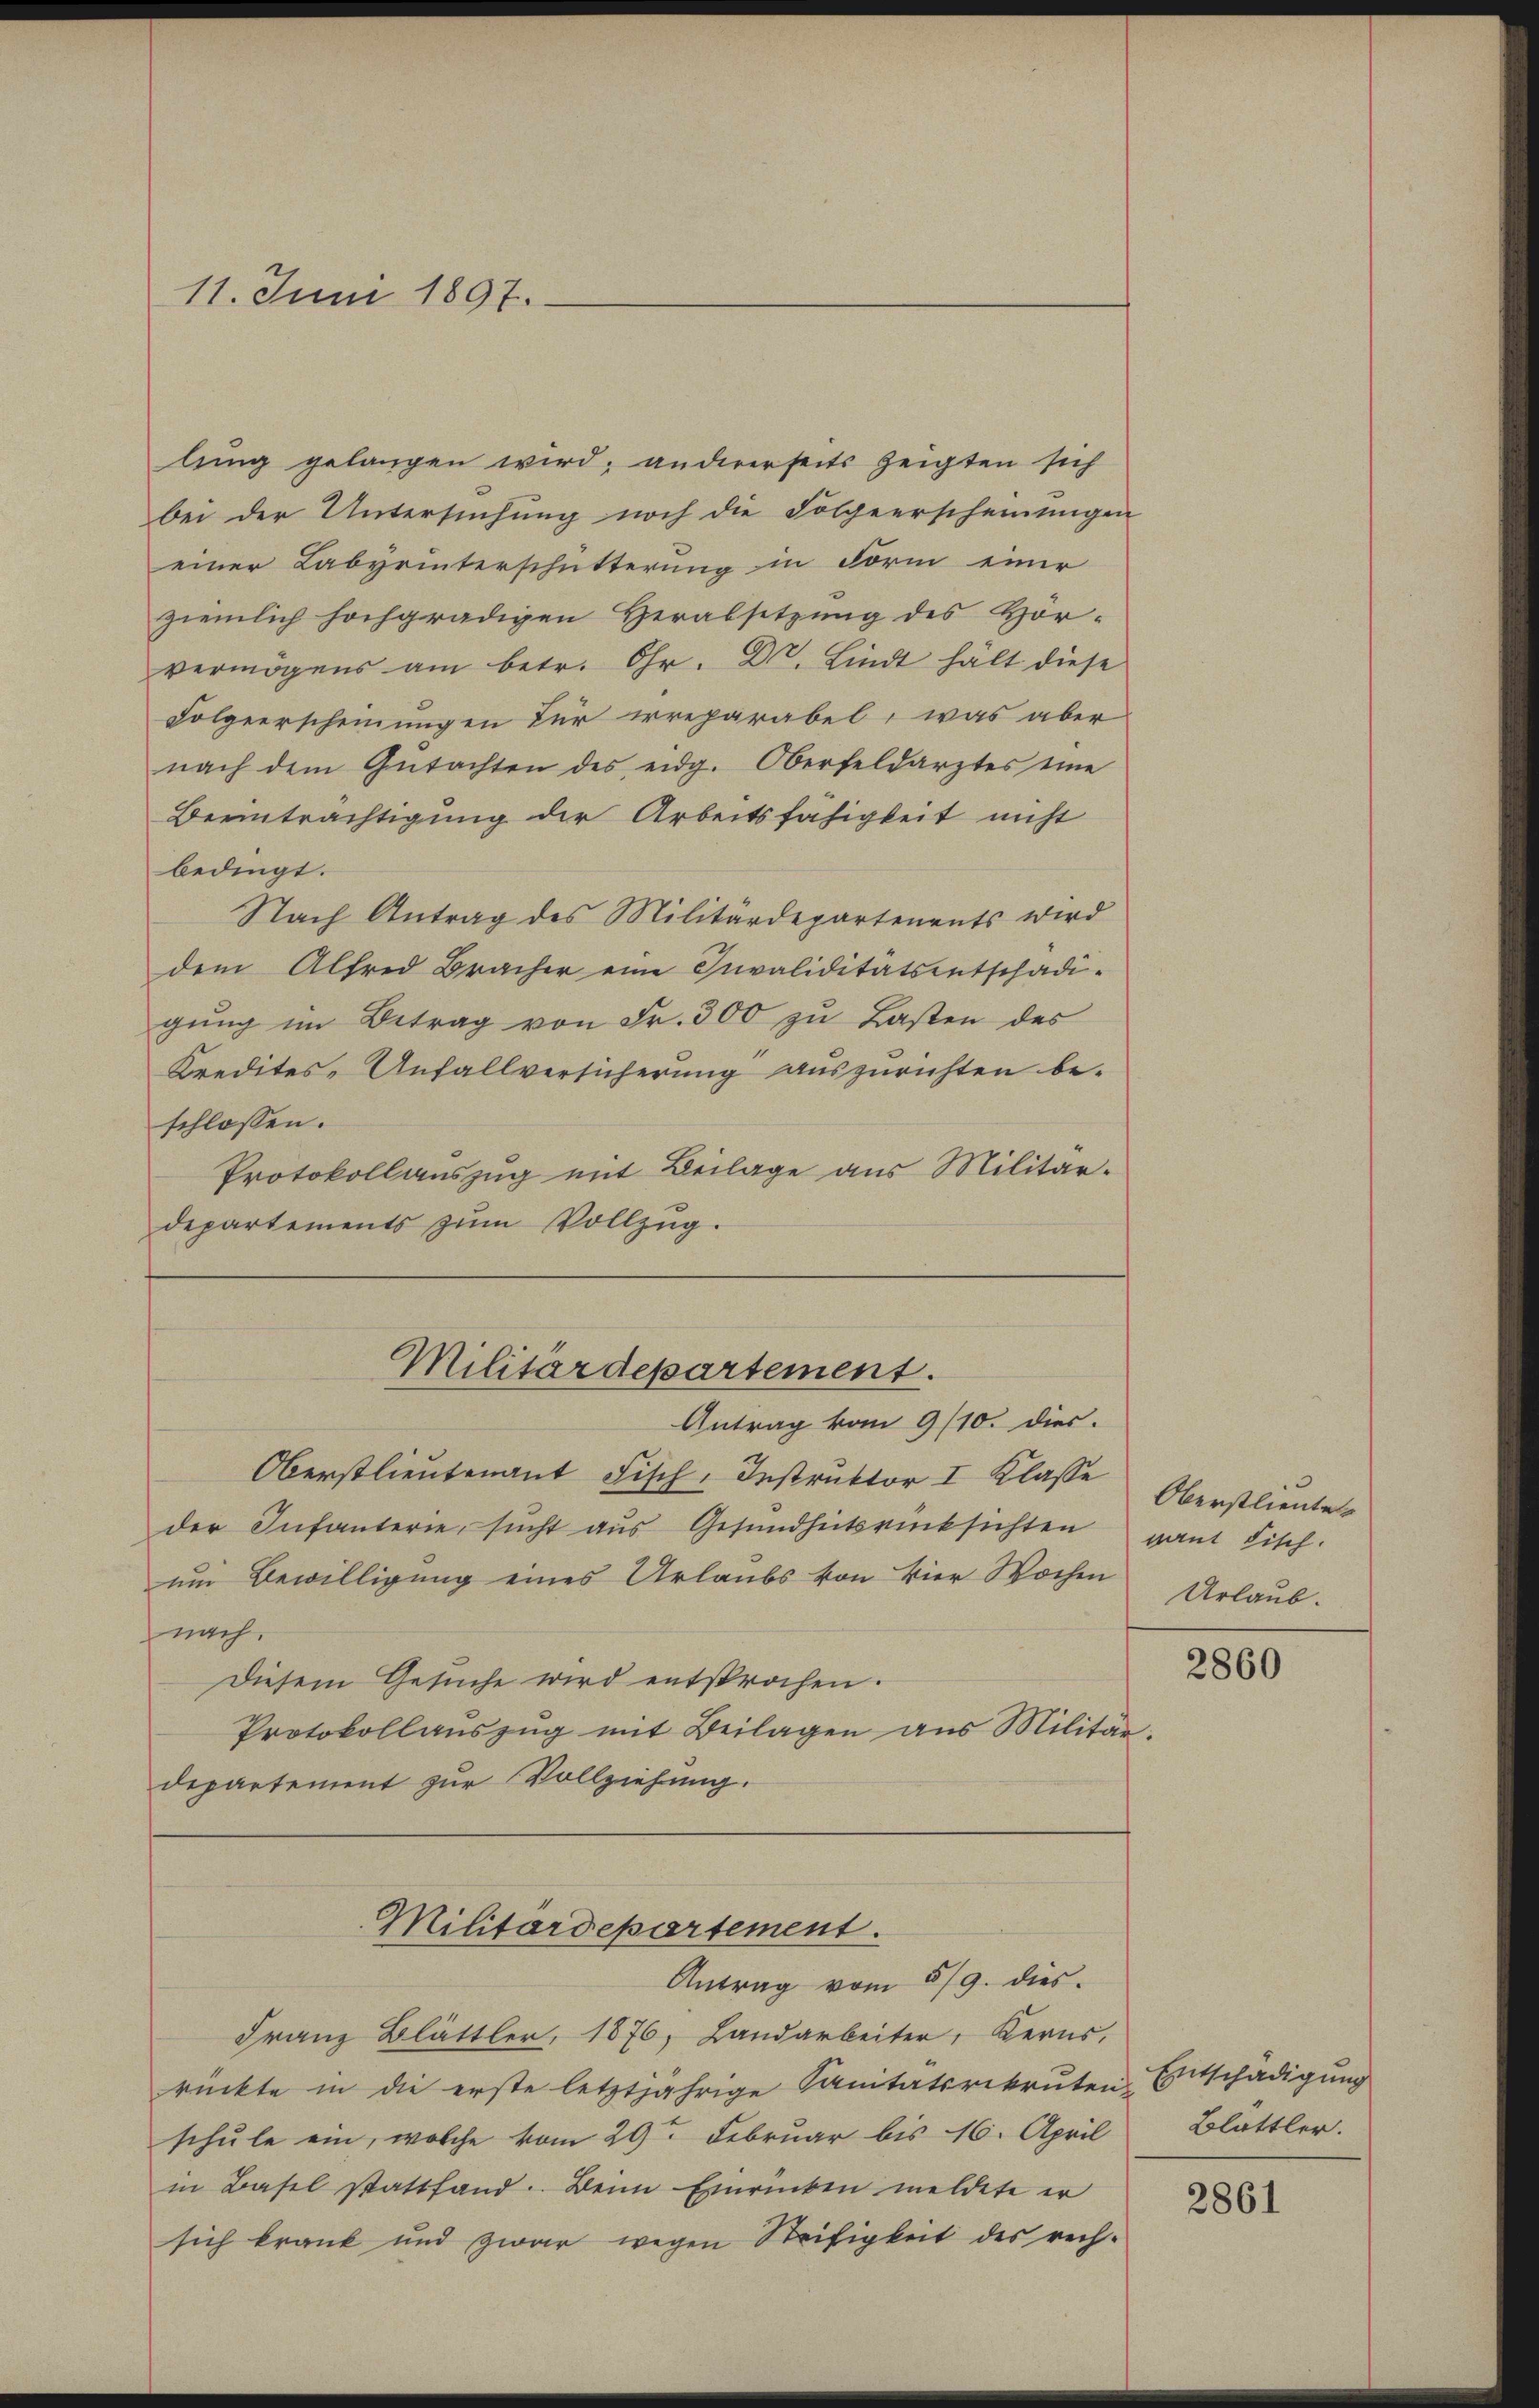
11. Juni 1897.

lung gelangen wird; andererseits zeigten sich
bei der Untersuchung noch die Folgerscheinungen
einer Labyrinterschütterung in Form einer
ziemlich hochgradigen Verabsetzung des Hör-
vermögens am betr. Chr. Dr. Lindt hält diese
Folgeerscheinungen für irreparabel, was aber
nach dem Gŭtachten des eidg. Oberfeldarztes eine
Beeinträchtigung der Arbeitsfähigkeit nicht
bedingt.
Nach Antrag des Militärdepartenents wird
dem Alfred Bracher eine Invaliditätsentschädi-
gung im Betrag von Fr. 300 zu Lasten des
Kredites- Anfallversicherung auszurichten be-
schlossen:
Protokollauszug mit Beilage aus Militärdepartements zŭm Vollzŭg.

Militärdepartement.
Antrag vom 9/10. dies

Oberstlieutenant Fisch. Instruktor I Klasse Oberstlieuter
der Infanterie, sucht aus Gesundheitsrücksichten
um Bewilligung eines Urlaubs von Vier Wochen
nach.
Diesem Gesuche wird entsprochen.
Protokollaŭszŭg mit Beilagen aus Militär
departement zur Vollziehung.
Militärdepartement.
Antrag vom 5/9. dies
Franz Blättler, 1876, Landarbeiter, Kerns,
rückte in die erste letztjährige Sanitätsrekruten-
schule ein, welche vom 29ten Februar bis 16. April Blättler.
in Basel stattfand. Beim Einrücken meldete er
sich krank und zwar wegen Steifigkeit des rech¬

vant Fisch.
Urlaub.

t

2860

Entschädigung

2861